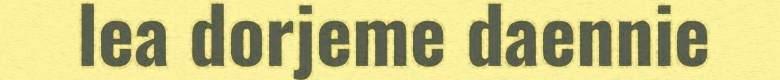
lea dorjeme daennie